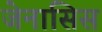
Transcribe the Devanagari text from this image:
जेनासिस